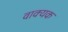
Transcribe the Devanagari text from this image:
वाक्यक